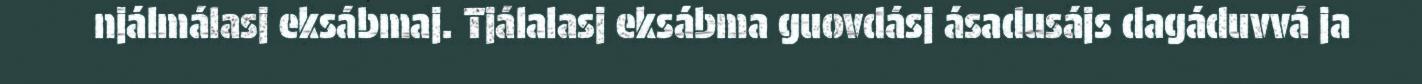
njálmálasj eksábmaj. Tjálalasj eksábma guovdásj ásadusájs dagáduvvá ja